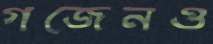
গজেনও